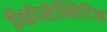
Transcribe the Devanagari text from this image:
ईकोसेन्सिटिव्ह